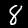
Digit: 8